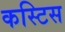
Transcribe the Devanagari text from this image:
कस्टिस